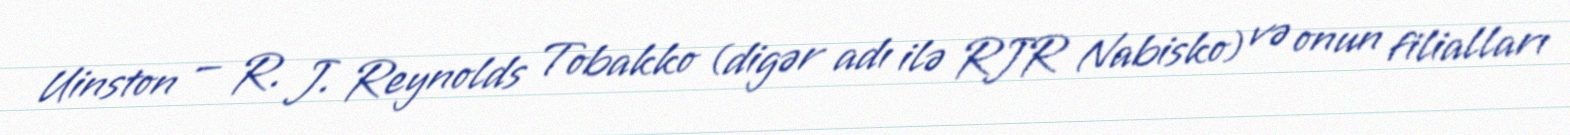
Uinston — R. J. Reynolds Tobakko (digər adı ilə RJR Nabisko) və onun filialları